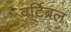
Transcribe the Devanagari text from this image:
वर्टिब्रल